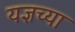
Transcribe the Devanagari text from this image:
यज्ञच्या